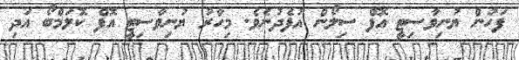
ފަހުން ޔުނިވާސިޓީ އޮފް ސިލޯން އުފެދުނެވެ. މިހާރު ޔުނިވާސިޓީ އޮފް ކޮލަމްބޯ އަދި